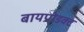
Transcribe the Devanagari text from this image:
बायप्रोडक्ट